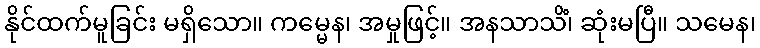
နိုင်ထက်မူခြင်း မရှိသော။ ကမ္မေန၊ အမှုဖြင့်။ အနသာသိံ၊ ဆုံးမပြီ။ သမေန၊